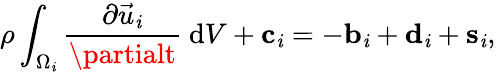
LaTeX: \rho\int_{\Omega_{\mathit{i}}}\frac{{\partial\vec{{u}}_{\mathit{i}}}}{{\partialt}}\ \mathrm{{d}}V+\mathbf{{{c}}}_{\mathit{i}}=-\mathbf{{{b}}}_{\mathit{i}}+\mathbf{{{d}}}_{\mathit{i}}+\mathbf{{{s}}}_{\mathit{i}},